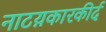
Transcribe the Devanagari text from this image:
नाटय़कारकीर्द